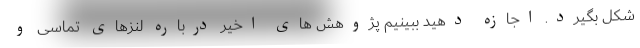
شکل بگیرد. اجازه دهید ببینیم پژوهش های اخیر درباره لنزهای تماسی و